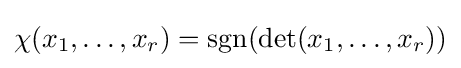
\chi (x_{1},\dots ,x_{r})=\operatorname {sgn} (\det(x_{1},\dots ,x_{r}))